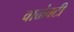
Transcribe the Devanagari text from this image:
वाळंवटी